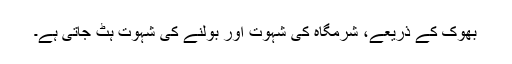
بھوک کے ذریعے، شرمگاہ کی شہوت اور بولنے کی شہوت ہٹ جاتی ہے۔